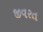
જીવરત